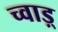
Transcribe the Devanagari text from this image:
च्वाड़्